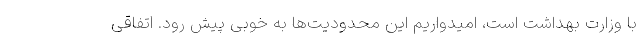
با وزارت بهداشت است، امیدواریم این محدودیت‌ها به خوبی پیش رود. اتفاقی